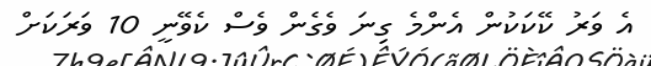
އެ ވަރު ކޭކަކުން އެންމެ ގިނަ ވެގެން ވެސް ކެވޭނީ 10 ވަރަކަށް